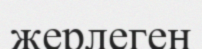
жерлеген